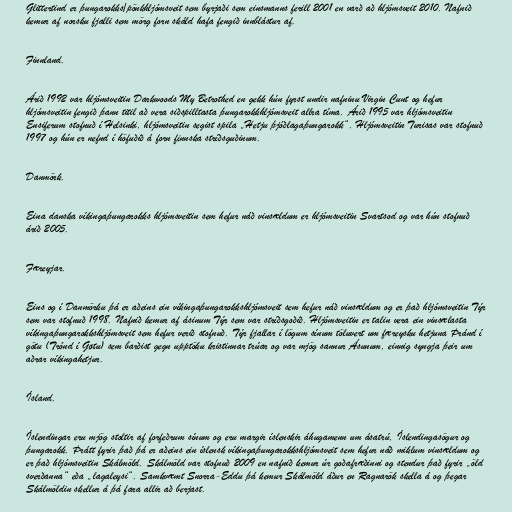
Glittertind er þungarokks/pönkhljómsveit sem byrjaði sem einsmanns ferill 2001 en varð að hljómsveit 2010. Nafnið
kemur af norsku fjalli sem mörg forn skáld hafa fengið innblástur af.

Finnland.

Árið 1992 var hljómsveitin Darkwoods My Betrothed en gekk hún fyrst undir nafninu Virgin Cunt og hefur
hljómsveitin fengið þann titil að vera siðspilltasta þungarokkhljómsveit allra tíma. Árið 1995 var hljómsveitin
Ensiferum stofnuð í Helsinki, hljómsveitin segist spila „Hetju þjóðlagaþungarokk“. Hljómsveitin Turisas var stofnuð
1997 og hún er nefnd í höfuðið á forn finnska stríðsguðinum.

Danmörk.

Eina danska víkingaþungarokks hljómsveitin sem hefur náð vinsældum er hljómsveitin Svartsod og var hún stofnuð
árið 2005.

Færeyjar.

Eins og í Danmörku þá er aðeins ein víkingaþungarokkshljómsveit sem hefur náð vinsældum og er það hljómsveitin Týr
sem var stofnuð 1998. Nafnið kemur af ásinum Týr sem var stríðsgoðið. Hljómsveitin er talin vera ein vinsælasta
víkingaþungarokkshljómsveit sem hefur verið stofnuð. Týr fjallar í lögum sínum töluvert um færeysku hetjuna Þránd í
götu (Trónd í Gøtu) sem barðist gegn upptöku kristinnar trúar og var mjög sannur Ásunum, einnig syngja þeir um
aðrar víkingahetjur.

Ísland.

Íslendingar eru mjög stoltir af forfeðrum sínum og eru margir íslenskir áhugamenn um ásatrú, Íslendingasögur og
þungarokk. Þrátt fyrir það þá er aðeins ein íslensk víkingaþungarokkshljómsveit sem hefur náð miklum vinsældum og
er það hljómsveitin Skálmöld. Skálmöld var stofnuð 2009 en nafnið kemur úr goðafræðinni og stendur það fyrir „öld
sverðanna“ eða „lagaleysi“. Samkvæmt Snorra-Eddu þá kemur Skálmöld áður en Ragnarök skella á og þegar
Skálmöldin skellur á þá fara allir að berjast.